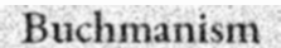
Buchmanism